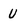
Character: U